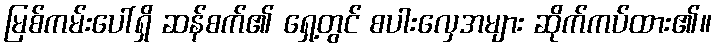
မြစ်ကမ်းပေါ်ရှိ ဆန်စက်၏ ရှေ့တွင် စပါးလှေအများ ဆိုက်ကပ်ထား၏။